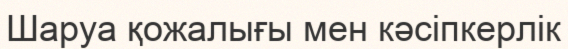
Шаруа қожалығы мен кәсіпкерлік